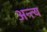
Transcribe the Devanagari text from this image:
अन्‍त्‍य